Cholera in southern India
Disease focus: Cholera
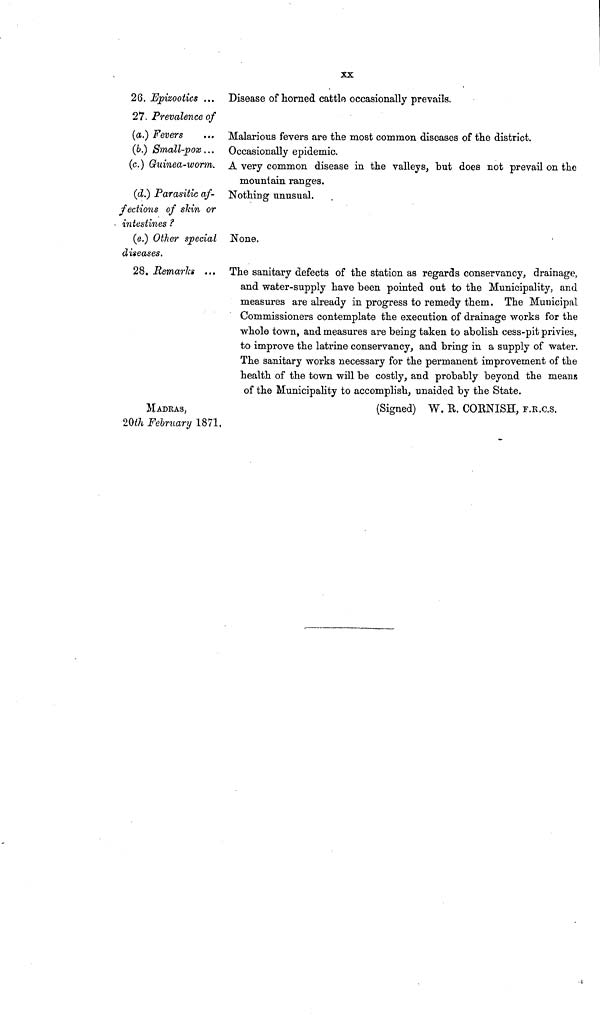
XX
26. Epizootics ... Disease of horned cattle occasionally prevails.
27. Prevalence of
(a.) Fevers
(b.) Small-pox ...
(c.) Guinea-worm.
Malarious fevers are the most common diseases of the district.
Occasionally epidemic.
A very common disease in the valleys, but does not prevail on the
mountain ranges.
(d.) Parasitic af-
fections of skin or
intestines ?
Nothing unusual.
(e.) Other special
diseases.
None.
28. Remarks ... The sanitary defects of the station as regards conservancy, drainage,
and water-supply have been pointed out to the Municipality, and
measures are already in progress to remedy them. The Municipal
Commissioners contemplate the execution of drainage works for the
whole town, and measures are being taken to abolish cess-pit privies,
to improve the latrine conservancy, and bring in a supply of water.
The sanitary works necessary for the permanent improvement of the
health of the town will be costly, and probably beyond the means
of the Municipality to accomplish, unaided by the State.
MADRAS,
20th February 1871,
(Signed) W. R. CORNISH, F.R.C.S.